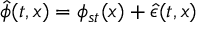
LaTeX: \hat { \phi } ( t , x ) = \phi _ { s t } ( x ) + \hat { \epsilon } ( t , x )